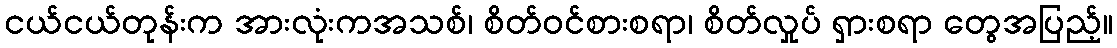
ငယ်ငယ်တုန်းက အားလုံးကအသစ်၊ စိတ်ဝင်စားစရာ၊ စိတ်လှုပ် ရှားစရာ တွေအပြည့်။